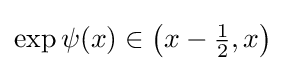
\exp \psi (x)\in \left(x-{\tfrac {1}{2}},x\right)